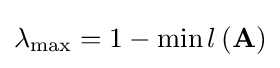
\lambda _{\text{max}}=1-\min l\left(\mathbf {A} \right)